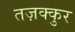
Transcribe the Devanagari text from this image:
तज़क्कुर